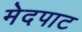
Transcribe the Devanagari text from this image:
मेदपाट